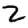
Digit: 2